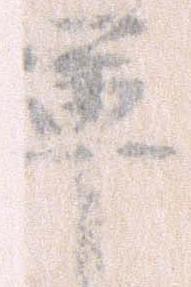
軍